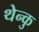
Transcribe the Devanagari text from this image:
थेन्कु